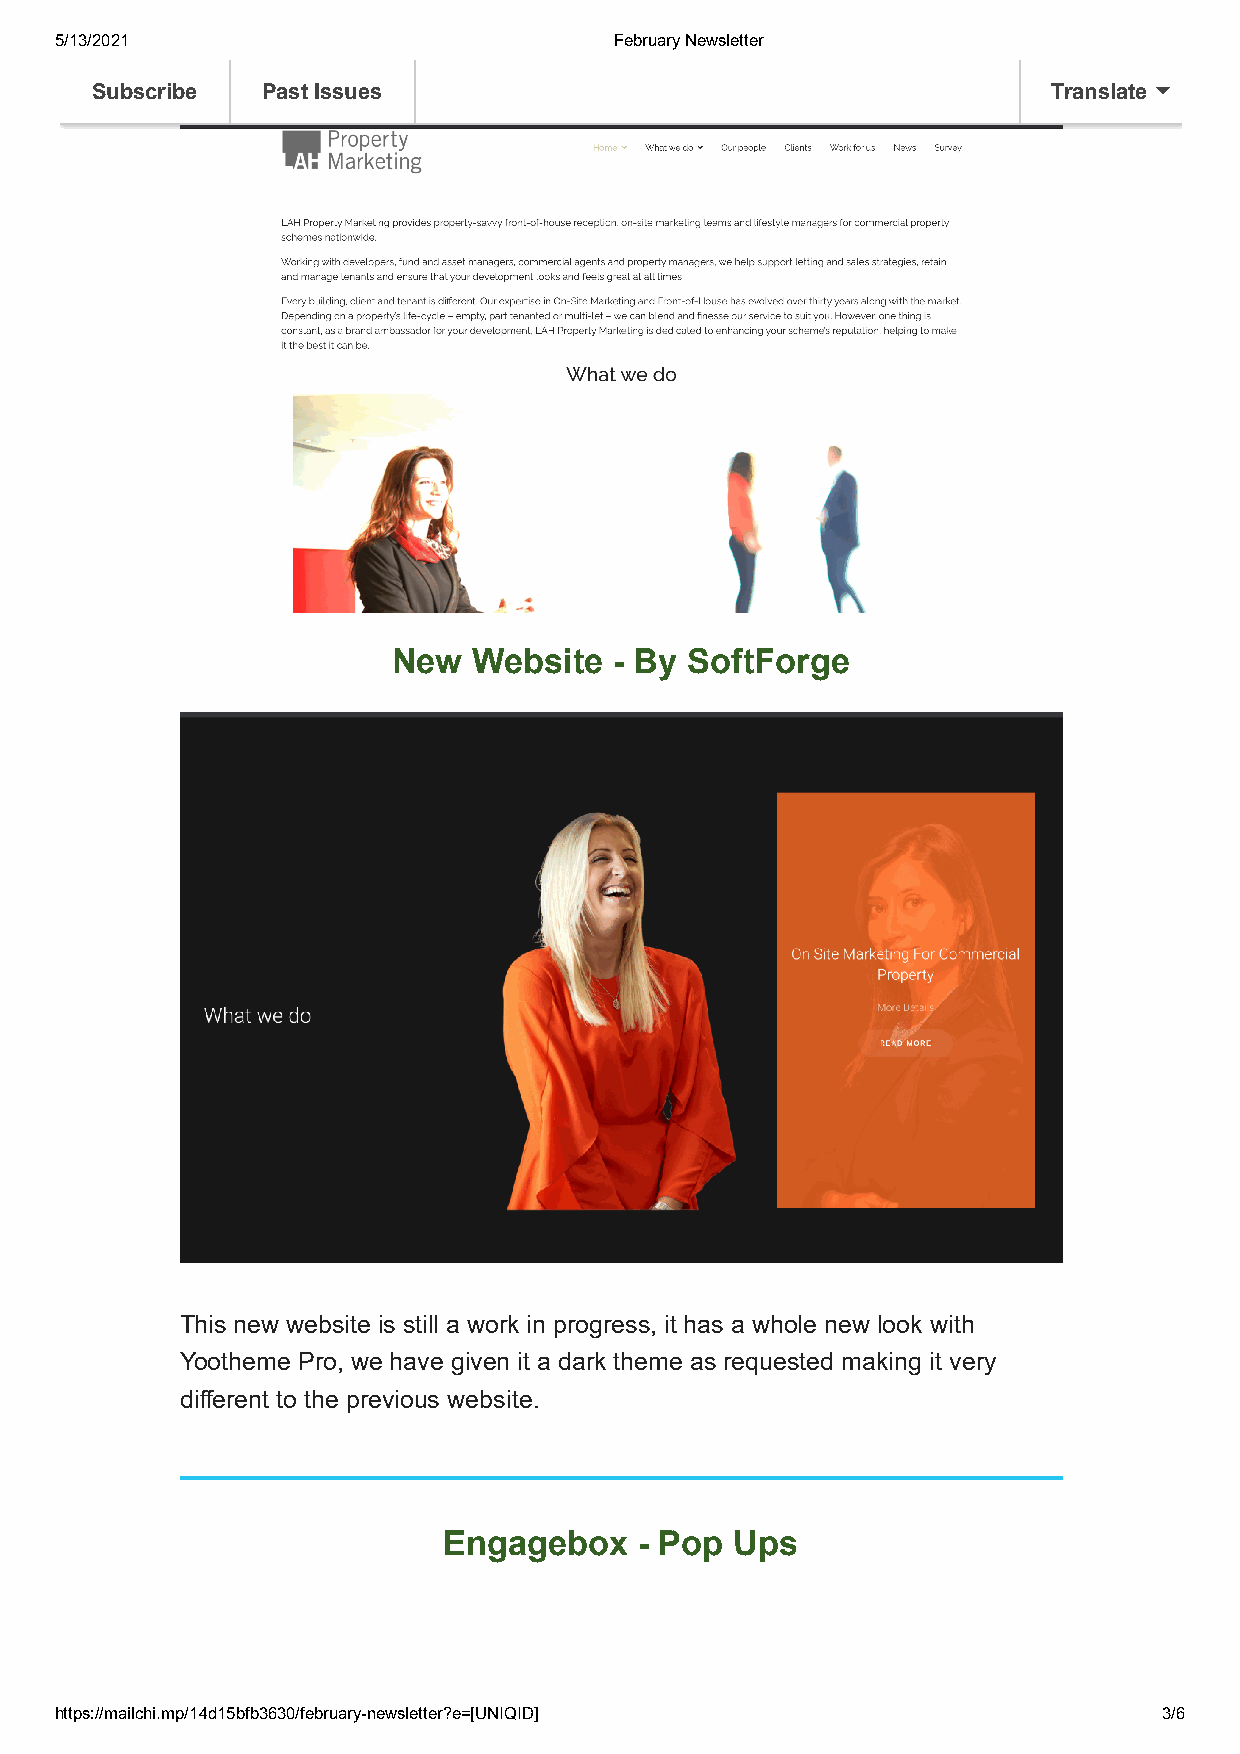
5/13/2021                            February Newsletter
 Subscribe  Past Issues                                          Translate
 New  Website   - By SoftForge
 This new website is still a work in progress, it has a whole new look with
 Yootheme Pro, we have given it a dark theme as requested making it very
 different to the previous website.
 Engagebox    - Pop  Ups
 https://mailchi.mp/14d15bfb3630/february-newsletter?e=[UNIQID]           3/6